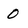
Character: 0